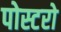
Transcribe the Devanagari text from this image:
पोस्टरो